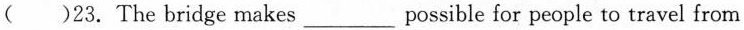
()23. The bridge makes___ possible for people to travel from